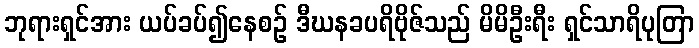
ဘုရားရှင်အား ယပ်ခပ်၍နေစဉ် ဒီဃနခပရိဗိုဇ်သည် မိမိဦးရီး ရှင်သာရိပုတြာ